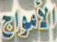
الأمواج